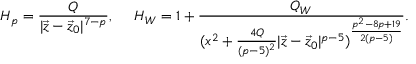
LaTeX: H _ { p } = { \frac { Q } { | \vec { z } - \vec { z } _ { 0 } | ^ { 7 - p } } } , \ \ \ \ H _ { W } = 1 + { \frac { Q _ { W } } { ( x ^ { 2 } + { \frac { 4 Q } { ( p - 5 ) ^ { 2 } } } | \vec { z } - \vec { z } _ { 0 } | ^ { p - 5 } ) ^ { \frac { p ^ { 2 } - 8 p + 1 9 } { 2 ( p - 5 ) } } } } .